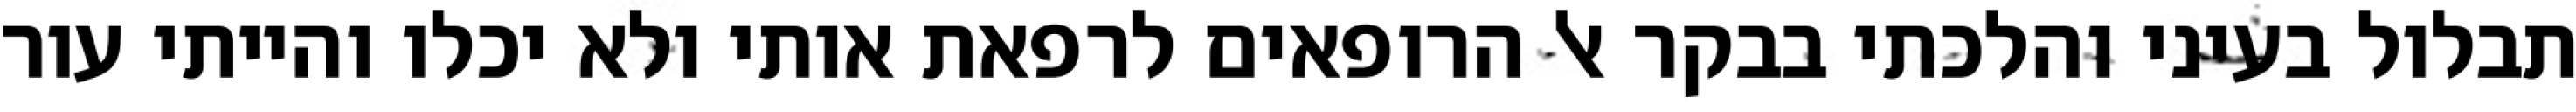
תבלול בעיני והלכתי בבקר אל הרופאים לרפאת אותי ולא יכלו והייתי עור